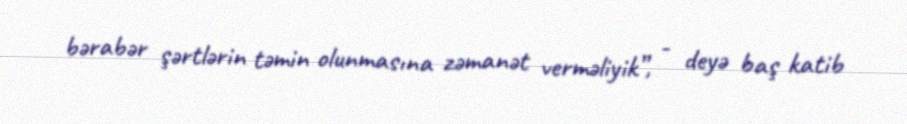
bərabər şərtlərin təmin olunmasına zəmanət verməliyik”, - deyə baş katib